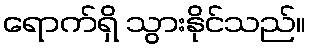
ရောက်ရှိ သွားနိုင်သည်။